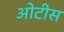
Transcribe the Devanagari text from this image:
ओटीस